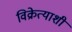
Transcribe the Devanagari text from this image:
विक्रेत्याशी